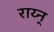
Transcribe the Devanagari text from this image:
राय्न्